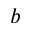
b